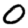
Digit: 0